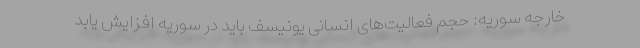
خارجه سوریه: حجم فعالیت‌های انسانی یونیسف باید در سوریه افزایش یابد